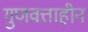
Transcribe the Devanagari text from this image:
गुणवत्ताहीन